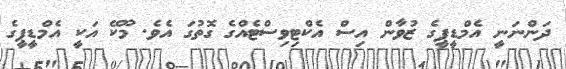
ދަންނަނީ އެމްޑީޕީގެ ޒުވާން އިސް އެކްޓިވިސްޓެއްގެ ގޮތުގަ އެވެ. މޫކޭ އަކީ އެމްޑީޕީގެ